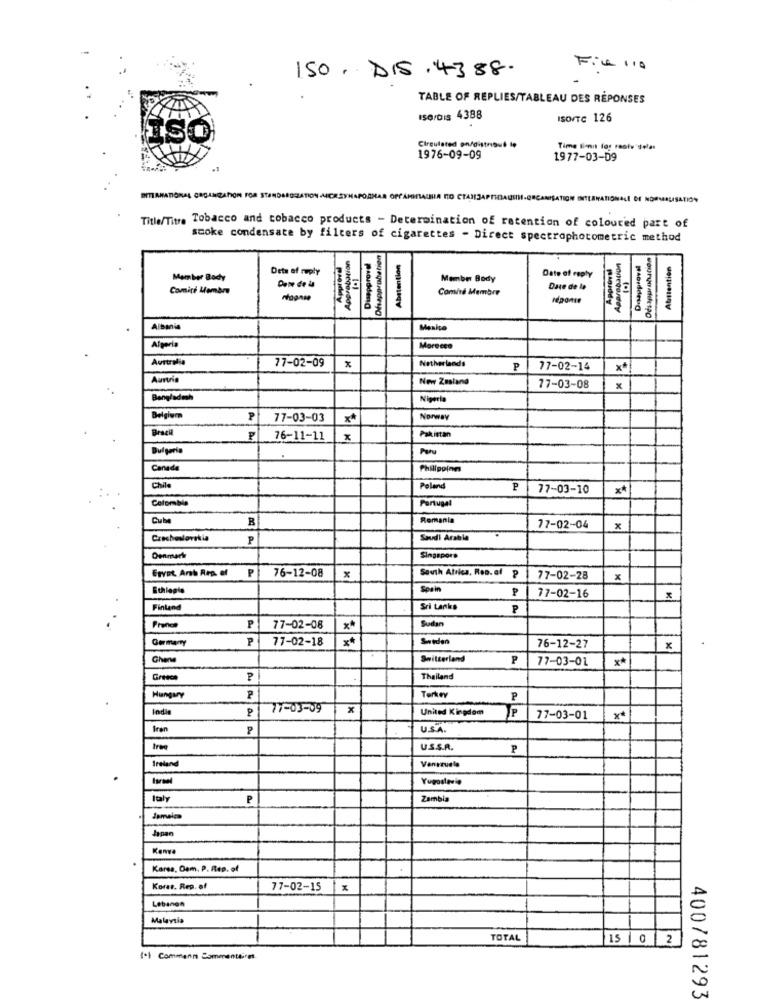
150. DIS . 43 88.
File 110
TABLE OF REPLIES/TABLEAU DES RÉPONSES
ISO/Dis 4388
ISOFTe 126
ISO
Circulated on/distribué le
1976-09-09
1977-03-09
.1
INTERNATIONAL ORGANIZATION FOR STANDARGULATION MERSYNA
HA DO CTANJAPTINAQUIH-ORGANISATION INTERNATIONALE OF NORMALISATION
Title/Titre Tobacco and tobacco products - Determination of retention of coloured part of
smoke condensate by filters of cigarettes - Direct spectrophotometric method
Approbation
Desapprobation
Abstention
Approva
Abstention
Dets of reply
Date of reply
Member Body
Member Body
Comité Membre
Comité Membre
Dave de la
maouddy
Albania
Algeria
Marecco
Australia
Netherlands
77-02-09
P
77-02-14
**
Austria
New Zealand
77-03-08
Bangladesh
Nigeri
Belgium
77-03-03
Norway
Brazil
Pakistan
76-11-11
X
Bulgaria
Canada
Philippine
Chile
Poland
P
77-03-10
**
Colombia
Portugal
Cube
Romania
77-02-04
x
P
Saudi Arabia
Singapore
Ervet Anb Rra. of
P
76-12-08
South Africa, Roo. of
77-02-28
x
Ethiopia
Spain
77-02-16
Finland
Sri Lanka
P
Sudan
France
P
77-02-08
Germany
P
77-02-18
Sweden
x*
76-12-27
x
Chene
Switzerland
P
77-03-01
**
Thailand
Hungary
Turkey
P
77-03-09
x
United Kingdom
P
77-03-01
**
Brar
USA
USS.R.
P
Ireland
Venezuela
Yugoslavia
Italy
P
Zambia
Japan
Kenva
Karsa, Dem. P. Rep. of
Koras. Rep. of
77-02-15
x
Lebanon
Malavtia
TOTAL
15 |0 2
1) Commenn Commenteret
400/81293